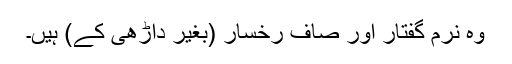
وہ نرم گفتار اور صاف رخسار (بغیر داڑھی کے) ہیں۔